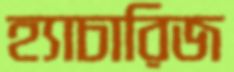
হ্যাচারিজ